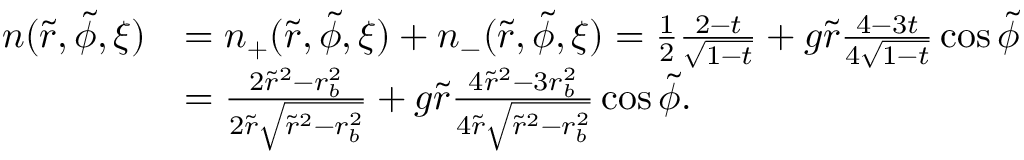
\begin{array} { r l } { n ( \tilde { r } , \tilde { \phi } , \xi ) } & { = n _ { + } ( \tilde { r } , \tilde { \phi } , \xi ) + n _ { - } ( \tilde { r } , \tilde { \phi } , \xi ) = \frac { 1 } { 2 } \frac { 2 - t } { \sqrt { 1 - t } } + g \tilde { r } \frac { 4 - 3 t } { 4 \sqrt { 1 - t } } \cos \tilde { \phi } } \\ & { = \frac { 2 \tilde { r } ^ { 2 } - r _ { b } ^ { 2 } } { 2 \tilde { r } \sqrt { \tilde { r } ^ { 2 } - r _ { b } ^ { 2 } } } + g \tilde { r } \frac { 4 \tilde { r } ^ { 2 } - 3 r _ { b } ^ { 2 } } { 4 \tilde { r } \sqrt { \tilde { r } ^ { 2 } - r _ { b } ^ { 2 } } } \cos \tilde { \phi } . } \end{array}